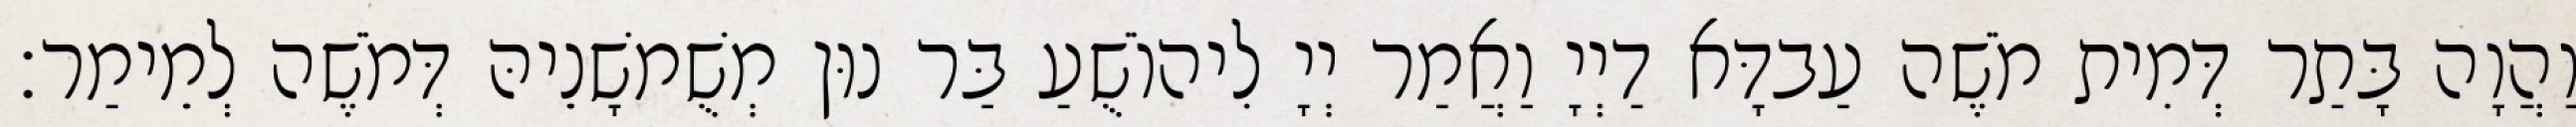
וַהֲוָה בָּתַר דְּמִית מֹשֶׁה עַבדָּא דַיְיָ וַאֲמַר יְיָ לִיהוֹשֻׁעַ בַּר נוּן מְשֻׁמשָׁנֵיהּ דְּמֹשֶׁה לְמֵימַר׃